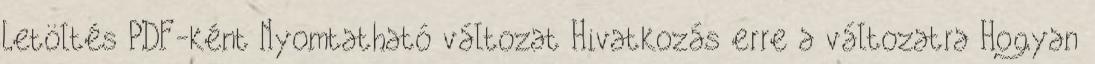
Letöltés PDF-ként Nyomtatható változat Hivatkozás erre a változatra Hogyan